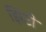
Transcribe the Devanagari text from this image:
झिंटी